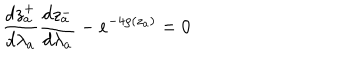
LaTeX: \frac { d z _ { a } ^ { + } } { d \lambda _ { a } } \frac { d z _ { a } ^ { - } } { d \lambda _ { a } } - e ^ { - 4 \rho ( z _ { a } ) } = 0